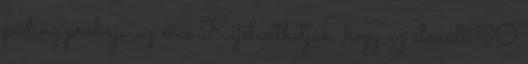
puding próbája az evés Kijelenthetjük, hogy az elmúlt 90